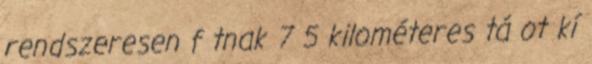
rendszeresen f tnak 7 5 kilométeres tá ot kí